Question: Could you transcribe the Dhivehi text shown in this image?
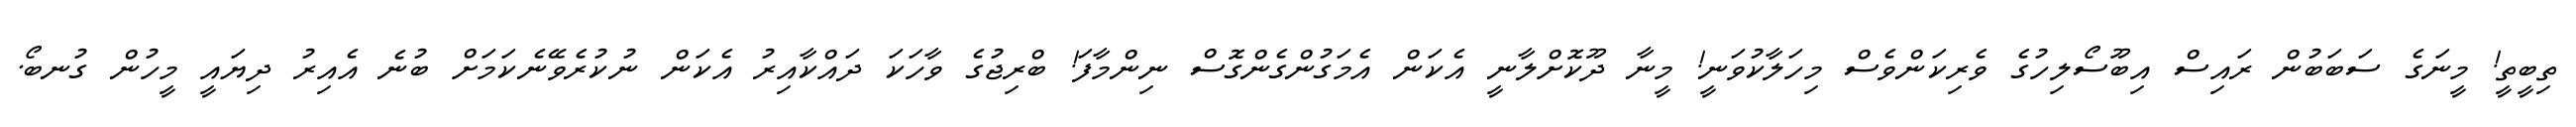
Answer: ތިބީތީ! މީނަގެ ސަބަބުން ރައިސް އިބޫސޯލިހުގެ ވެރިކަންވެސް މިހަލާކުވަނީ! މީނާ ދޫކޮށްލާނީ އެކަން އެމަގުންގެންގޮސް ނިންމާފަ! ބްރިޖުގެ ވާހަކަ ދައްކާއިރު އެކަން ނުކުރެވޭނެކަމަށް ބުނެ އެއިރު ދިޔައީ މީހުން ގުނބޯ.